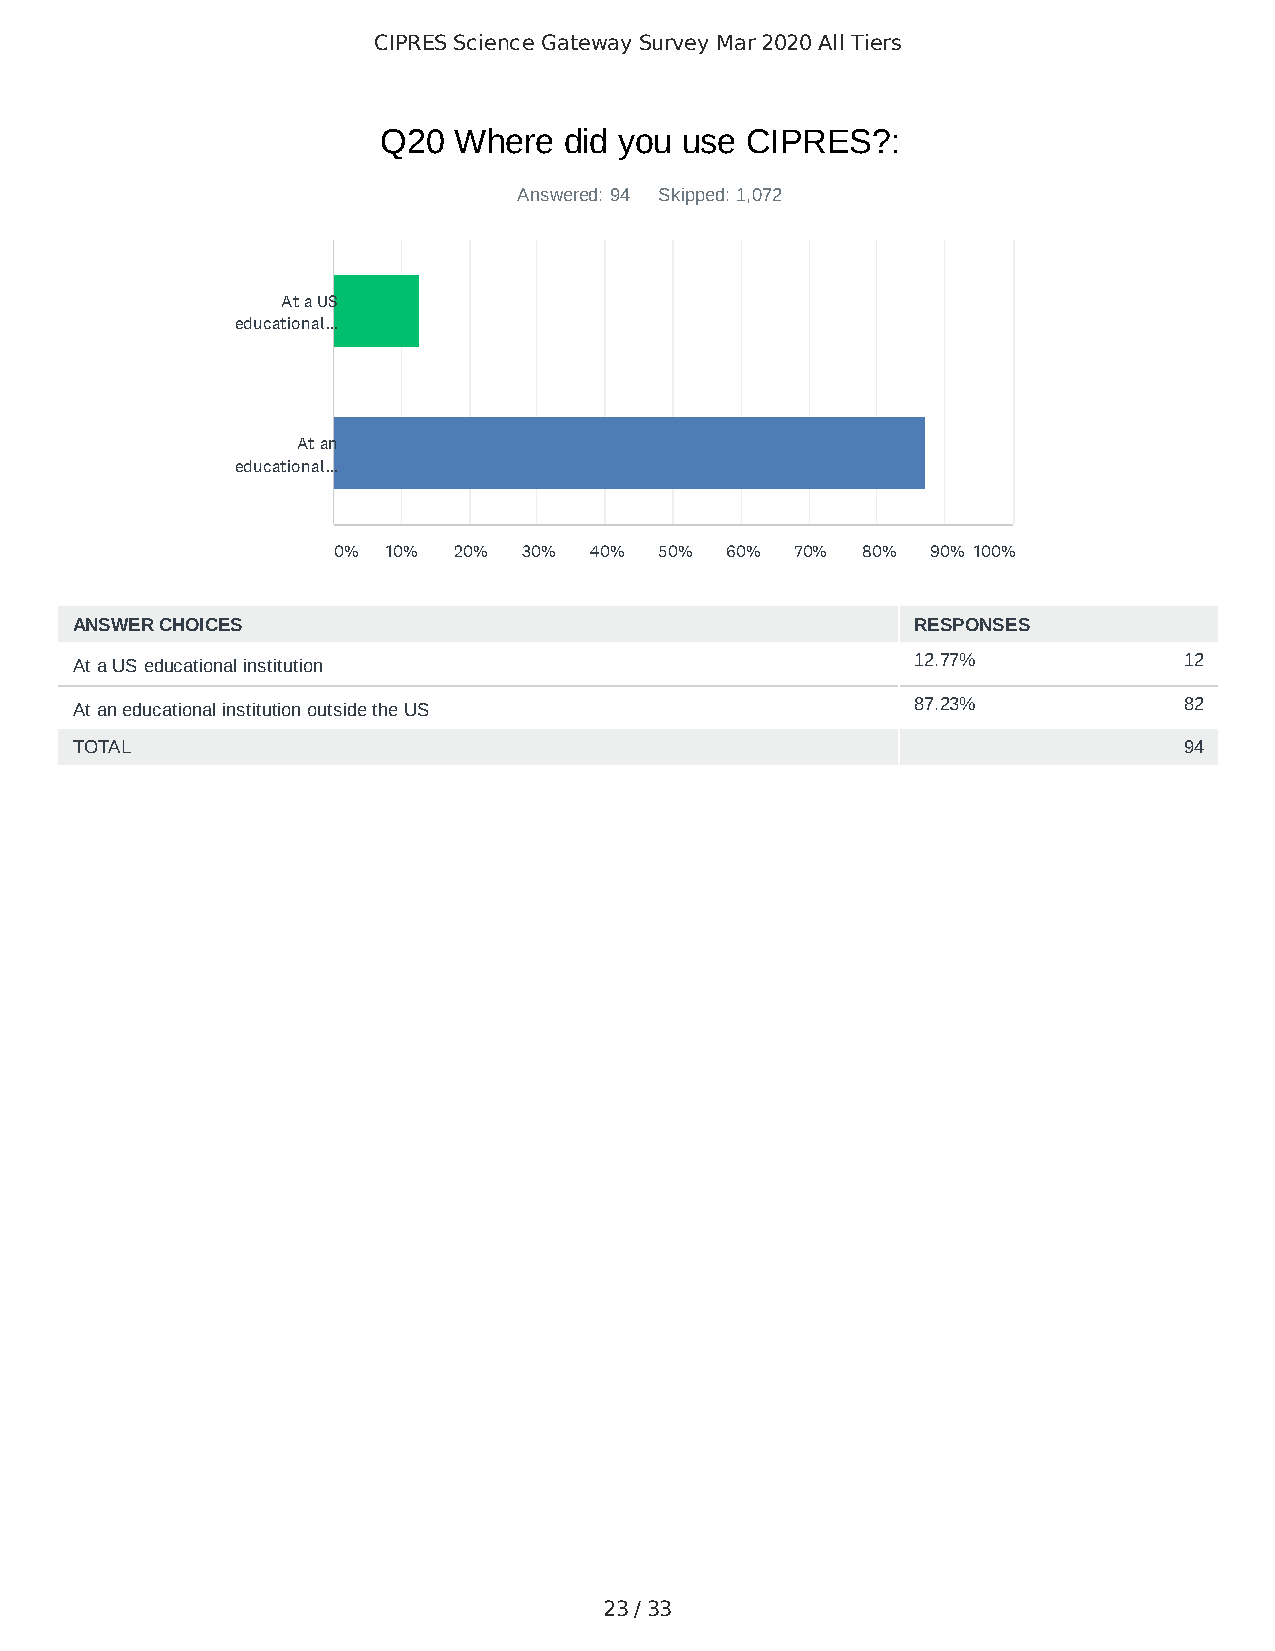
CIPRES Science Gateway Survey Mar 2020 All Tiers
 Q20  Where  did you use CIPRES?:
 Answered: 94 Skipped: 1,072
 At a US
 educational...
 At an
 educational...
 0%  10% 20%  30% 40%  50% 60%  70% 80%  90% 100%
 ANSWER CHOICES                                          RESPONSES
 At a US educational institution                         12.77%           12
 At an educational institution outside the US            87.23%           82
 TOTAL                                                                    94
 23 / 33